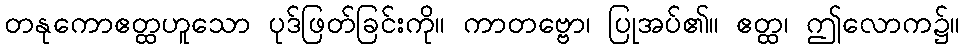
တနုကောဧတ္ထဟူသော ပုဒ်ဖြတ်ခြင်းကို။ ကာတဗ္ဗော၊ ပြုအပ်၏။ ဧတ္ထ၊ ဤလောက၌။